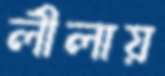
লীলায়